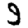
Digit: 9